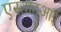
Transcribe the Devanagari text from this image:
एस्तादुआई